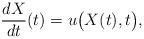
LaTeX: \begin{align*}\frac{dX}{dt}(t) = u\bigl( X(t), t \bigr),\end{align*}